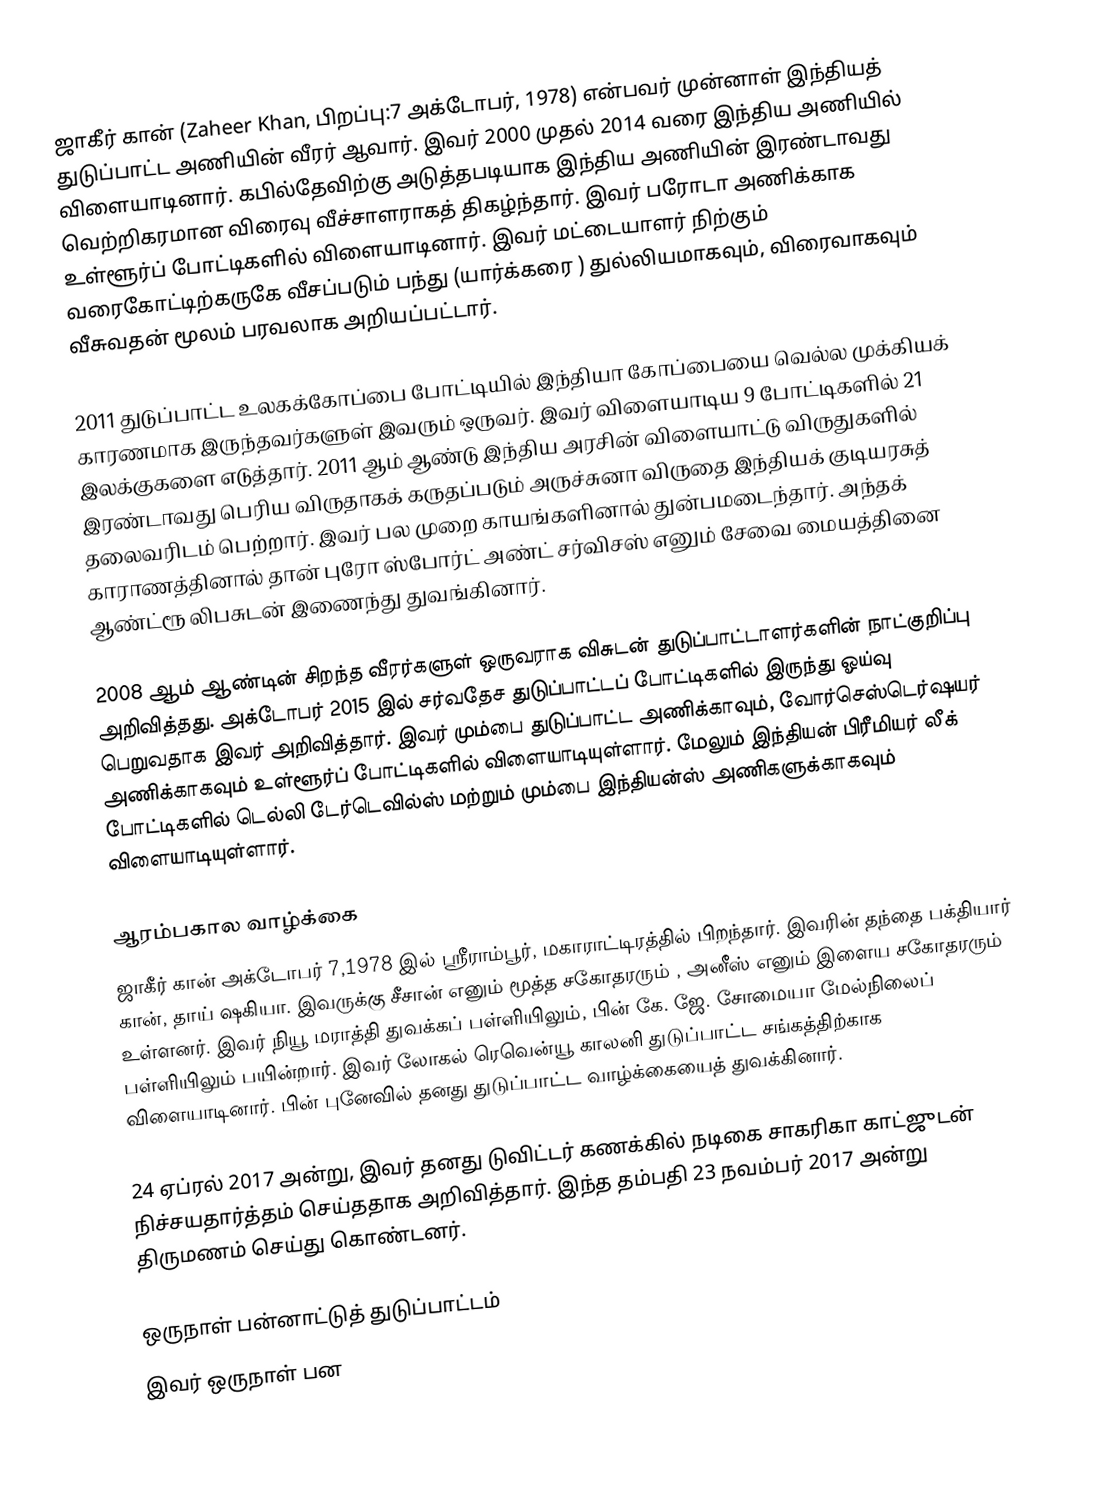
ஜாகீர் கான் (Zaheer Khan, பிறப்பு:7 அக்டோபர், 1978) என்பவர் முன்னாள் இந்தியத் துடுப்பாட்ட அணியின் வீரர் ஆவார். இவர் 2000 முதல் 2014 வரை இந்திய அணியில் விளையாடினார். கபில்தேவிற்கு அடுத்தபடியாக இந்திய அணியின் இரண்டாவது வெற்றிகரமான விரைவு வீச்சாளராகத் திகழ்ந்தார். இவர் பரோடா அணிக்காக உள்ளூர்ப் போட்டிகளில் விளையாடினார். இவர்  மட்டையாளர் நிற்கும் வரைகோட்டிற்கருகே வீசப்படும் பந்து (யார்க்கரை ) துல்லியமாகவும், விரைவாகவும் வீசுவதன் மூலம் பரவலாக அறியப்பட்டார்.

2011 துடுப்பாட்ட உலகக்கோப்பை போட்டியில் இந்தியா கோப்பையை வெல்ல முக்கியக் காரணமாக இருந்தவர்களுள் இவரும் ஒருவர். இவர் விளையாடிய 9 போட்டிகளில் 21 இலக்குகளை எடுத்தார்.  2011 ஆம் ஆண்டு இந்திய அரசின் விளையாட்டு விருதுகளில் இரண்டாவது பெரிய விருதாகக் கருதப்படும் அருச்சுனா விருதை இந்தியக் குடியரசுத் தலைவரிடம் பெற்றார். இவர் பல முறை காயங்களினால் துன்பமடைந்தார். அந்தக் காராணத்தினால் தான் புரோ ஸ்போர்ட் அண்ட் சர்விசஸ் எனும் சேவை மையத்தினை ஆண்ட்ரூ லிபசுடன் இணைந்து துவங்கினார்.

2008 ஆம் ஆண்டின் சிறந்த வீரர்களுள் ஒருவராக விசுடன் துடுப்பாட்டாளர்களின் நாட்குறிப்பு அறிவித்தது. அக்டோபர் 2015 இல் சர்வதேச துடுப்பாட்டப் போட்டிகளில் இருந்து ஓய்வு பெறுவதாக இவர் அறிவித்தார். இவர் மும்பை துடுப்பாட்ட அணிக்காவும், வோர்செஸ்டெர்ஷயர் அணிக்காகவும் உள்ளூர்ப் போட்டிகளில் விளையாடியுள்ளார். மேலும் இந்தியன் பிரீமியர் லீக் போட்டிகளில் டெல்லி டேர்டெவில்ஸ் மற்றும் மும்பை இந்தியன்ஸ் அணிகளுக்காகவும் விளையாடியுள்ளார்.

ஆரம்பகால வாழ்க்கை
ஜாகீர் கான் அக்டோபர் 7,1978 இல் ஸ்ரீராம்பூர், மகாராட்டிரத்தில் பிறந்தார். இவரின் தந்தை பக்தியார் கான், தாய் ஷகியா. இவருக்கு சீசான் எனும் மூத்த சகோதரரும் , அனீஸ் எனும் இளைய சகோதரரும் உள்ளனர். இவர் நியூ மராத்தி துவக்கப் பள்ளியிலும், பின் கே. ஜே. சோமையா மேல்நிலைப் பள்ளியிலும் பயின்றார். இவர் லோகல் ரெவென்யூ காலனி  துடுப்பாட்ட சங்கத்திற்காக விளையாடினார். பின் புனேவில் தனது துடுப்பாட்ட வாழ்க்கையைத் துவக்கினார்.

24 ஏப்ரல் 2017 அன்று, இவர் தனது டுவிட்டர் கணக்கில் நடிகை சாகரிகா காட்ஜுடன் நிச்சயதார்த்தம் செய்ததாக அறிவித்தார். இந்த தம்பதி 23 நவம்பர் 2017 அன்று திருமணம் செய்து கொண்டனர்.

ஒருநாள் பன்னாட்டுத் துடுப்பாட்டம்
இவர் ஒருநாள் பன